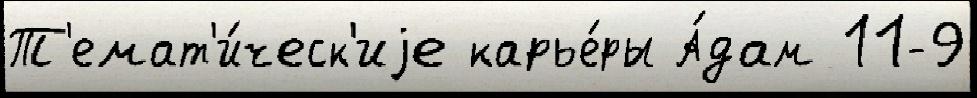
Т'емат'и́ческ'иjе карье́ры А́дам 11-9